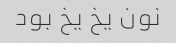
نون یخ یخ بود